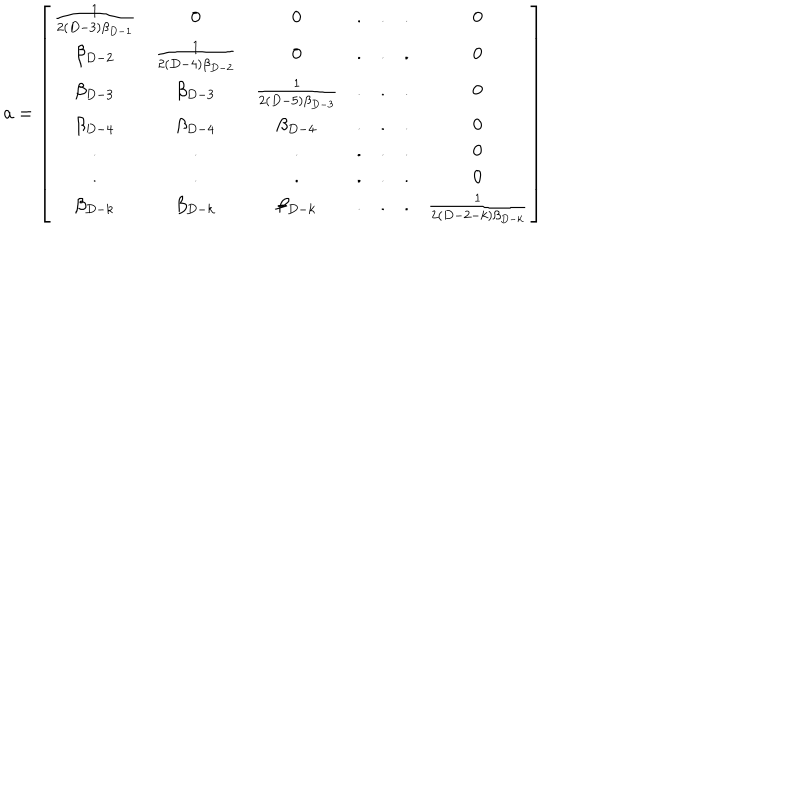
LaTeX: { \bf a } = \left[ \begin{array} { c c c c c c c } { { \frac { 1 } { 2 ( D - 3 ) \beta _ { D - 1 } } } } & { { 0 } } & { { 0 } } & { { . } } & { { . } } & { { . } } & { { 0 } } \\ { { \beta _ { D - 2 } } } & { { \frac { 1 } { 2 ( D - 4 ) \beta _ { D - 2 } } } } & { { 0 } } & { { . } } & { { . } } & { { . } } & { { 0 } } \\ { { \beta _ { D - 3 } } } & { { \beta _ { D - 3 } } } & { { \frac { 1 } { 2 ( D - 5 ) \beta _ { D - 3 } } } } & { { . } } & { { . } } & { { . } } & { { 0 } } \\ { { \beta _ { D - 4 } } } & { { \beta _ { D - 4 } } } & { { \beta _ { D - 4 } } } & { { . } } & { { . } } & { { . } } & { { 0 } } \\ { { . } } & { { . } } & { { . } } & { { . } } & { { . } } & { { . } } & { { 0 } } \\ { { . } } & { { . } } & { { . } } & { { . } } & { { . } } & { { . } } & { { 0 } } \\ { { \beta _ { D - k } } } & { { \beta _ { D - k } } } & { { \beta _ { D - k } } } & { { . } } & { { . } } & { { . } } & { { \frac { 1 } { 2 ( D - 2 - k ) \beta _ { D - k } } } } \\ \end{array} \right]